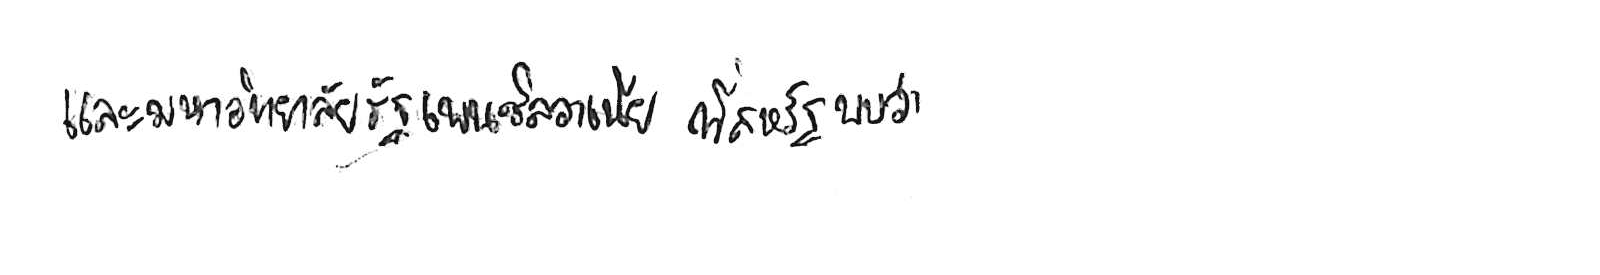
และมหาวิทยาลัยรัฐเพนซิลวาเนีย ที่สหรัฐ พบว่า